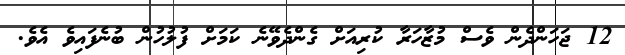
12 ޖަހަންދެން ވެސް މުޒާހަރާ ކުރިއަށް ގެންދެވޭނެ ކަމަށް ފުލުހުން ބުނެފައިވެ އެވެ.